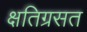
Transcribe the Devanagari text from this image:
क्षतिग्रसत